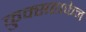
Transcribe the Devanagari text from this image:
कुक्सहाफेन